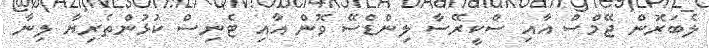
ލެބަރޮން ޖޭމްސް އާއި ސްކީރޭސާ ލިންޑްސޭ ވޮން އާއި ޓެނިސް ކުޅުންތެރިޔާ ލިނާ